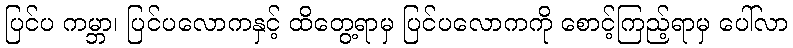
ပြင်ပ ကမ္ဘာ၊ ပြင်ပလောကနှင့် ထိတွေ့ရာမှ ပြင်ပလောကကို စောင့်ကြည့်ရာမှ ပေါ်လာ